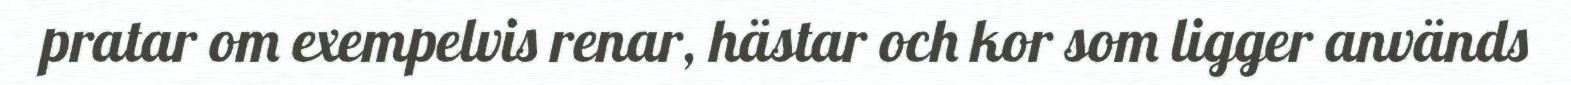
pratar om exempelvis renar, hästar och kor som ligger används